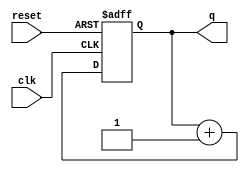
module async_reset_example (
    input wire clk,        // Clock signal
    input wire reset,      // Asynchronous reset signal
    output reg [7:0] q     // Output state signal (8-bit for example)
);

// Predefined reset value
parameter RESET_VALUE = 8'b00000000;

always @(posedge clk or posedge reset) begin
    if (reset) begin
        // Asynchronous reset logic
        q <= RESET_VALUE;  // Set output to reset value
    end else begin
        // Normal operation logic (example: increment)
        q <= q + 1;        // Update output on clock edge
    end
end

endmodule